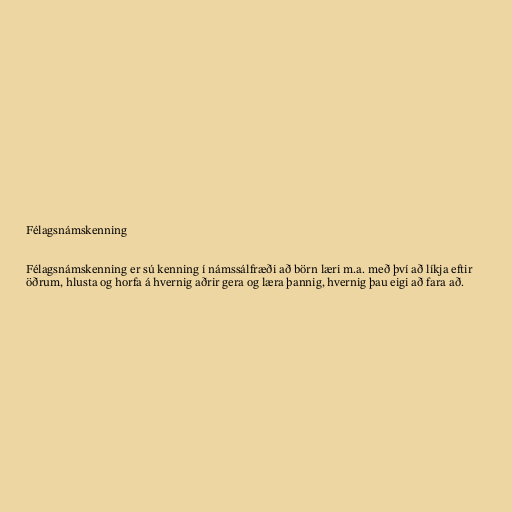
Félagsnámskenning

Félagsnámskenning er sú kenning í námssálfræði að börn læri m.a. með því að líkja eftir
öðrum, hlusta og horfa á hvernig aðrir gera og læra þannig, hvernig þau eigi að fara að.